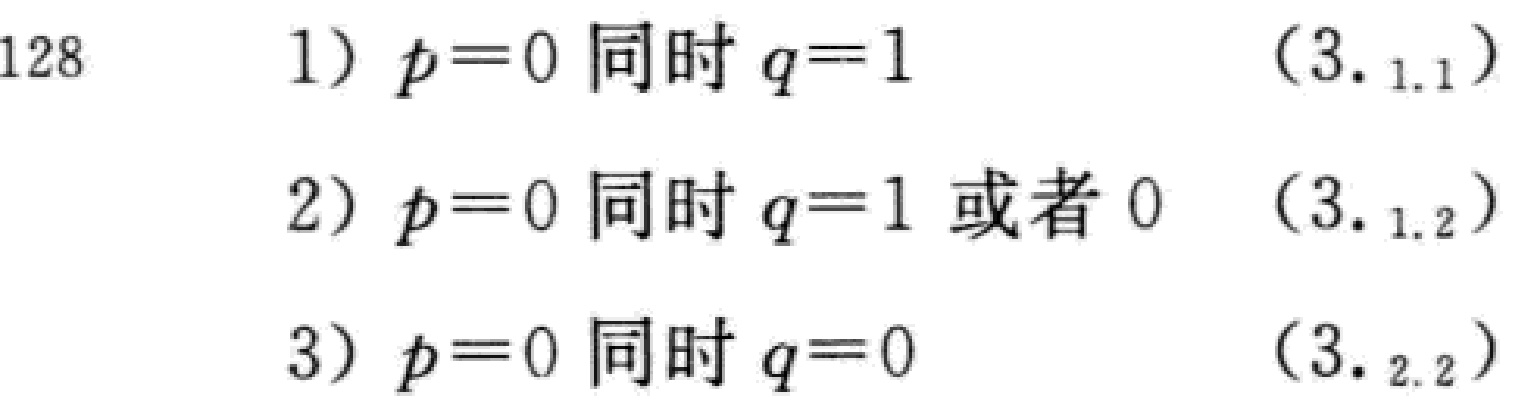
1) \(p = 0\) 同时 \(q = 1\)  \((3._{1.1})\)
2) \(p = 0\) 同时 \(q = 1\) 或者 \(0\)  \((3._{1.2})\)
3) \(p = 0\) 同时 \(q = 0\)  \((3._{2.2})\)